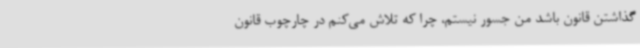
گذاشتن قانون باشد من جسور نیستم، چرا که تلاش می‌کنم در چارچوب قانون